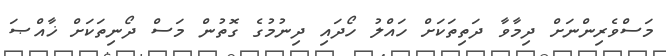
މަސްވެރިންނަށް ދިމާވާ ދަތިތަކަށް ހައްލު ހޯދައި ދިނުމުގެ ގޮތުން މަސް ދޯނިތަކަށް ޚާއްޞަ